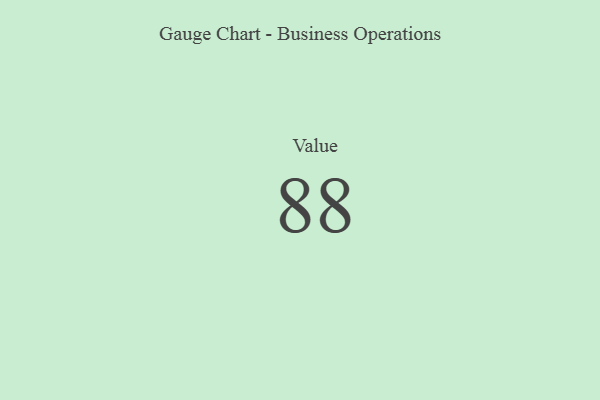
{"axis": {"x": "Metric", "y": "Value"}, "legend": [""], "data": [{"x": "Value", "y": 88, "type": ""}]}